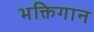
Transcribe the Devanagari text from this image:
भक्तिगान